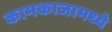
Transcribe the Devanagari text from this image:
कामकाजामध्ये